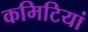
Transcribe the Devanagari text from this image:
कमिटियां